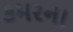
કમરના